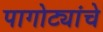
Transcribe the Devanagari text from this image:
पागोट्यांचे